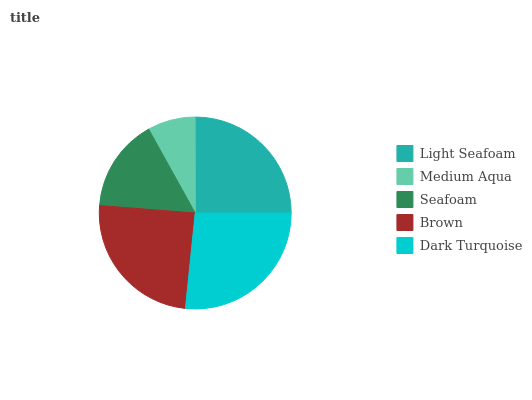
| Light Seafoam | Medium Aqua | Seafoam | Brown | Dark Turquoise |
 | --- | --- | --- | --- | --- |
 | 25% | 8.04% | 15.7% | 24.7% | 26.6% |